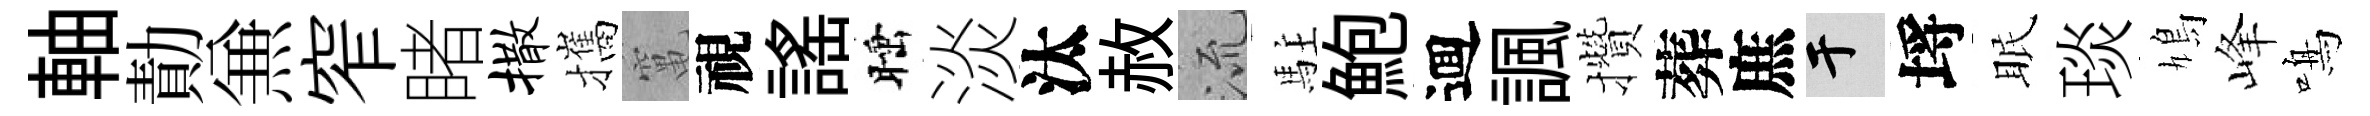
軸勣𠔥窄睹撒攜𥧄視謡睡淡汰赦𣴑駐鮑逥諷攢葬庶于埓眠琰鳩峰鳴